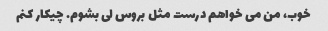
خوب، من می خواهم درست مثل بروس لی بشوم. چیکار کنم